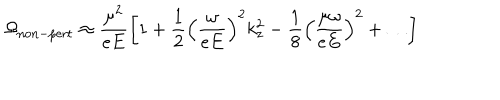
\Omega _ { \mathrm { n o n - p e r t } } \approx \frac { \mu ^ { 2 } } { e E } \left[ 1 + \frac { 1 } { 2 } \left( \frac { \omega } { e E } \right) ^ { 2 } k _ { z } ^ { 2 } - \frac { 1 } { 8 } \left( \frac { \mu \omega } { e E } \right) ^ { 2 } + \dots \right]